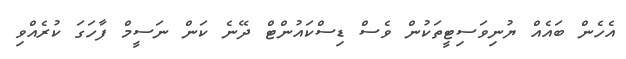
އެހެން ބައެއް ޔުނިވަސިޓީތަކުން ވެސް ޑިސްކައުންޓް ދޭނެ ކަން ނަސީމް ފާހަގަ ކުރެއްވި